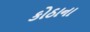
કોઠાના